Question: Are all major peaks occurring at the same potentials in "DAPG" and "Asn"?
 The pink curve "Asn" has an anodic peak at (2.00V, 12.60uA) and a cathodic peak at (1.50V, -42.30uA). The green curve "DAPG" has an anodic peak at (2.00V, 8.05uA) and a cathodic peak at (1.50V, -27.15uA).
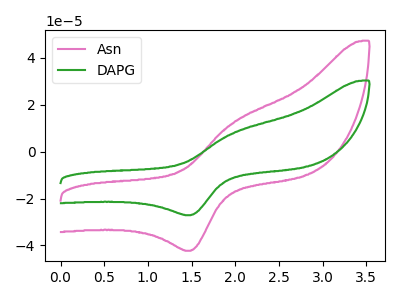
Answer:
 <answer>Yes, "DAPG" have a peak in "Asn" at the same potential.</answer>
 <eval>match</eval>